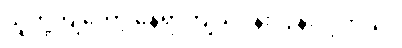
သူတို့ကျတော့ နေရာကျယ်ဝန်းလွန်းလှတယ်။